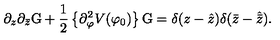
\partial _ { z } \partial _ { \bar { z } } \mathrm { G } + \frac { 1 } { 2 } \left\{ \partial _ { \varphi } ^ { 2 } V ( \varphi _ { 0 } ) \right\} \mathrm { G } = \delta ( z - \hat { z } ) \delta ( \bar { z } - \hat { \bar { z } } ) .